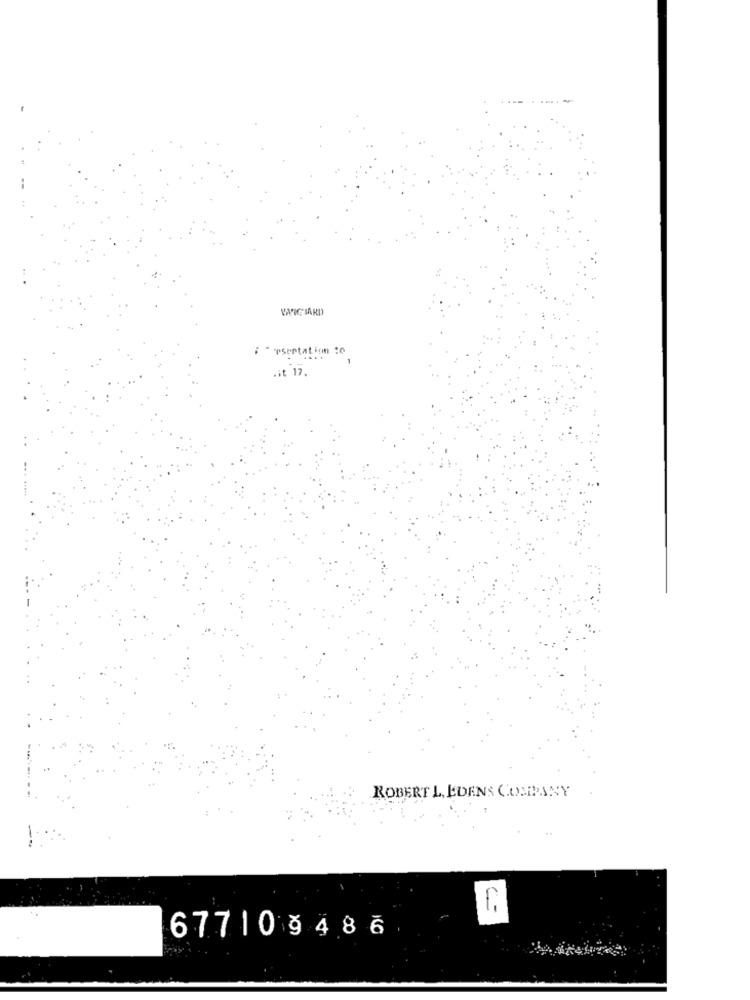
WICHARD
: "vsertation 10
.it 17.
ROBERT L. EDENS COMPANY
f.
67710 9 486